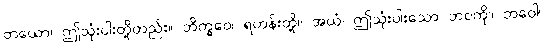
တယော၊ ဤသုံးပါးတို့တည်း။ ဘိက္ခဝေ၊ ရဟန်းတို့။ အယံ၊ ဤသုံးပါးသော ဘဝကို။ ဘဝေါ၊